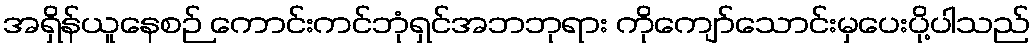
အရှိန်ယူနေစဉ် ကောင်းကင်ဘုံရှင်အဘဘုရား ကိုကျော်သောင်းမှပေးပို့ပါသည်